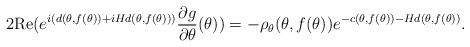
LaTeX: \begin{align*} 2 {\rm Re}(e^{i (d(\theta,f(\theta))+ i Hd(\theta,f(\theta)))} \frac{\partial g}{\partial\theta}(\theta)) = -\rho_{\theta}(\theta, f(\theta)) e^{-c(\theta,f(\theta))-Hd(\theta,f(\theta))}.\end{align*}